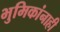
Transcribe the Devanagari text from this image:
भुमिकांनाही